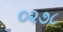
૦૨૭૮